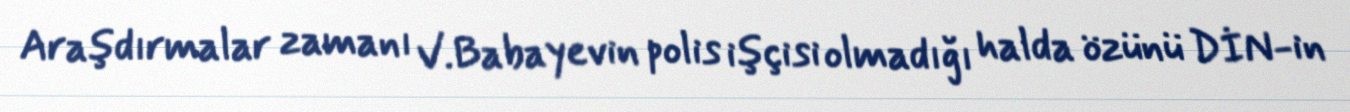
Araşdırmalar zamanı V.Babayevin polis işçisi olmadığı halda özünü DİN-in